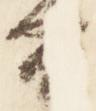
公